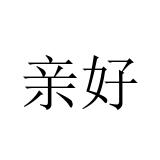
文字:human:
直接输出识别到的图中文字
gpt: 亲好